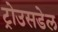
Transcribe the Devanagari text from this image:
ट्रोउसडेल